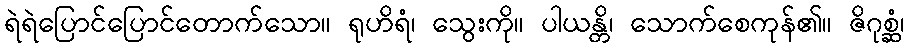
ရဲရဲပြောင်ပြောင်တောက်သော။ ရုဟိရံ၊ သွေးကို။ ပါယန္တိ၊ သောက်စေကုန်၏။ ဇိဂုစ္ဆံ၊